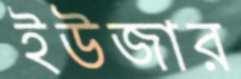
ইউজার